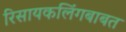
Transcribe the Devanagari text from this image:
रिसायकलिंगबाबत